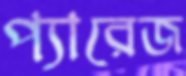
প্যারেজ